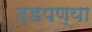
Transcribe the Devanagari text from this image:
दडपण्या